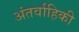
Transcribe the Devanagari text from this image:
अंतर्वाहिकी